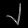
Digit: ၂